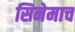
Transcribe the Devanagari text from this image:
सिनेमाच